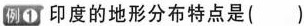
例1 印度的地形分布特点是( )